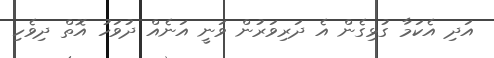
އަދި އެކަމާ ގުޅިގެން އެ ދަރިވަރުން ވަނީ އަނެއް ދުވަހު އޮތް ދިވެހި